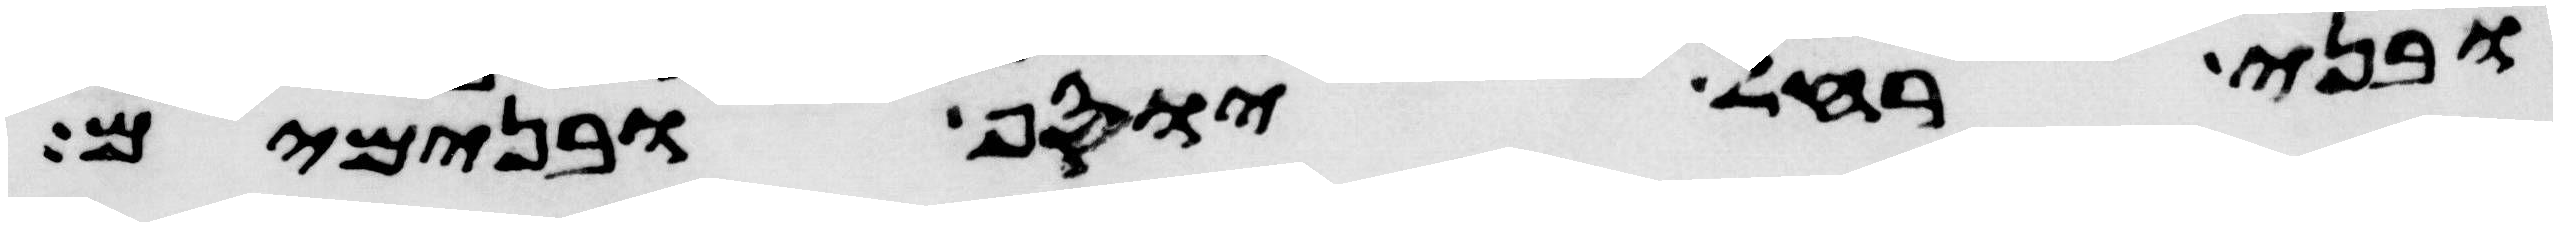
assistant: ובני רחל יוסף ובנימים